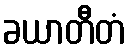
ခယာတီတံ